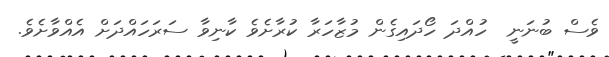
ވެސް ބުނަނީ  ހުއްދަ ހޯދައިގެން މުޒާހަރާ ކުރާށެވެ ކާނިވާ ސަރަހައްދަށް އެއްވާށެވެ.